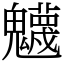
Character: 𩴾